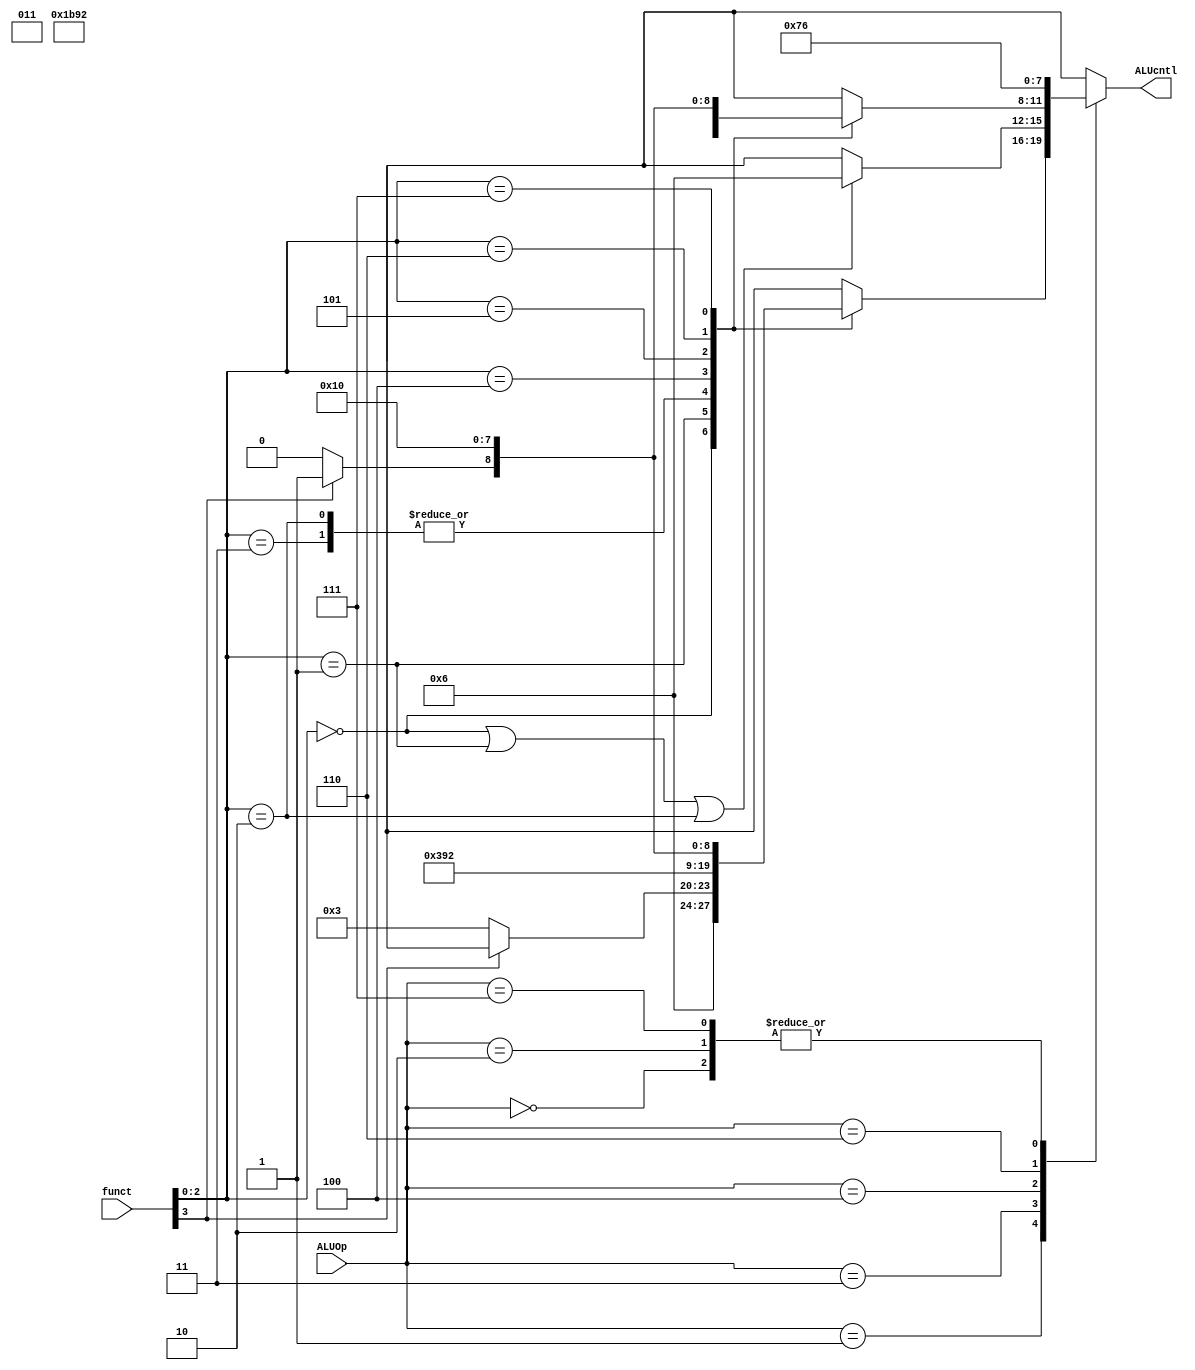
`timescale 1ns / 1ps
//////////////////////////////////////////////////////////////////////////////////
// Company: 
// Engineer: 
// 
// Design Name: 
// Module Name: ALUControl
// Project Name: 
// Target Devices: 
// Tool Versions: 
// Description: 
// 
// Dependencies: 
// 
// Revision:
// Revision 0.01 - File Created
// Additional Comments:
// 
//////////////////////////////////////////////////////////////////////////////////


module ALUControl(
    input [3:0] funct,
    input [3:0] ALUOp,
    output reg [3:0] ALUcntl
    );
    /* ALU control parameters */
    parameter AND = 4'b0000;
    parameter OR = 4'b0001;
    parameter XOR = 4'b0010;
    parameter LSL = 4'b0011;
    parameter RSL = 4'b0100;
    parameter RSA = 4'b0101;
    parameter ADD = 4'b0110;
    parameter SUB = 4'b0111;
    
    always @ (funct or ALUOp) begin
        case (ALUOp) 
            //LB, LH, LW, LBU, LHU
            4'b0000: begin
                ALUcntl <= ADD;
            end
            //ADDI, SLTI, SLTIU, XORI, ORI, ANDI, SLLI, SRLI, SRAI
            4'b0001: begin
                case (funct[2:0])
                    //ADDI
                    3'b000: begin
                        ALUcntl <= ADD;
                    end
                    3'b001: begin
                        //SLLI
                        if (funct[3] == 0) begin
                            ALUcntl <= LSL;
                        end
                        else begin
                            ALUcntl <= 4'bxxxx;
                        end
                    end
                    //SLTI
                    3'b010: begin
                        ALUcntl <= SUB;
                    end
                    //SLTIU
                    3'b011: begin
                        ALUcntl <= SUB;
                    end
                    //XORI
                    3'b100: begin
                        ALUcntl <= XOR;
                    end
                    3'b101: begin
                        //SRLI
                        if (funct[3] == 0) begin
                            ALUcntl <= RSL;
                        end
                        //SRAI
                        else begin
                            ALUcntl <= RSA;
                        end
                    end
                    //ORI
                    3'b110: begin
                        ALUcntl <= OR;
                    end
                    //ANDI
                    3'b111: begin
                        ALUcntl <= AND;
                    end
                    default: begin
                        ALUcntl <= 4'bxxxx;
                    end
                endcase
            end
            //AUIPC
            4'b0010: begin
                ALUcntl <= ADD;
            end
            //SB, SH, SW
            4'b0011: begin
                if (funct[2:0] == 3'b000 || funct[2:0] == 3'b001 || funct[2:0] == 3'b010) begin
                    ALUcntl <= ADD;
                end
                else begin
                    ALUcntl <= 4'bxxxx;
                end
            end
            //ADD, SUB, SLL, SLT, SLTU, XOR, SRL, SRA, OR, AND
            4'b0100: begin
                case (funct[2:0])
                    3'b000: begin
                       //ADD
                        if (funct[3] == 0) begin
                            ALUcntl <= ADD;
                        end
                        //SUB
                        else begin
                            ALUcntl <= SUB;
                        end
                    end
                    //SLL
                    3'b001: begin
                        ALUcntl <= LSL;
                    end
                    //SLT
                    3'b010: begin
                        ALUcntl <= SUB;
                    end
                    //SLTU
                    3'b011: begin
                        ALUcntl <= SUB;
                    end
                    //XOR
                    3'b100: begin
                        ALUcntl <= XOR;
                    end
                    3'b101: begin
                        //SRL
                        if (funct[3] == 0) begin
                            ALUcntl <= RSL;
                        end
                        //SRA
                        else begin
                            ALUcntl <= RSA;
                        end
                    end
                    //OR
                    3'b110: begin
                        ALUcntl <= OR;
                    end
                    //AND
                    3'b111: begin
                        ALUcntl <= AND;
                    end
                    default: begin
                        ALUcntl <= 4'bxxxx;
                    end
                endcase
            end
            //LUI
            4'b0101: begin
                ALUcntl <= 4'bxxxx;
            end
            //BEQ, BNE, BLT, BGE, BLTU, BGEU
            4'b0110: begin
                ALUcntl <= SUB;
            end
            //JALR
            4'b0111: begin
                ALUcntl <= ADD;
            end
            //JAL
            4'b1000: begin
                ALUcntl <= 4'bxxxx;
            end
            default: begin
                ALUcntl <= 4'bxxxx;
            end
        endcase
    
    end

    
    
    
    
endmodule